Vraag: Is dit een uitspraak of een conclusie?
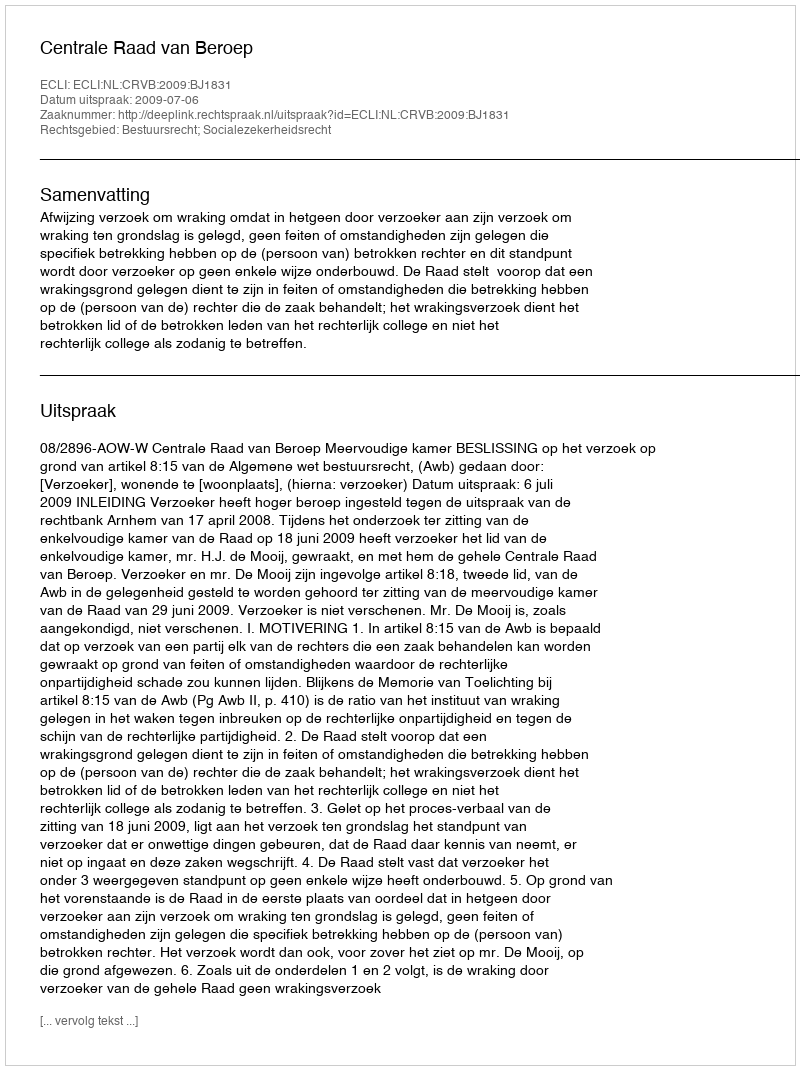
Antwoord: Uitspraak